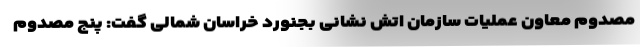
مصدوم معاون عملیات سازمان اتش نشانی بجنورد خراسان شمالی گفت: پنج مصدوم